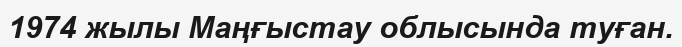
1974 жылы Маңғыстау облысында туған.